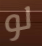
لو